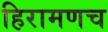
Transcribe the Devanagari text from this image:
हिरामणच